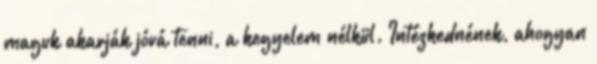
maguk akarják jóvá tenni, a kegyelem nélkül. Intézkednének, ahogyan